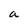
Character: a